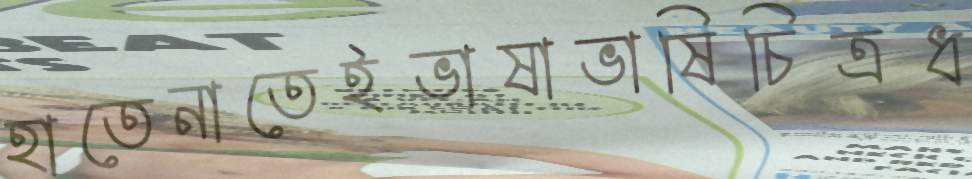
হাতেনাতেইভাষাভাষিচিত্রধ